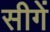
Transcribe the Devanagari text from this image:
सीगें